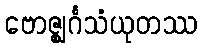
ဗောဇ္ဈင်္ဂသံယုတဿ